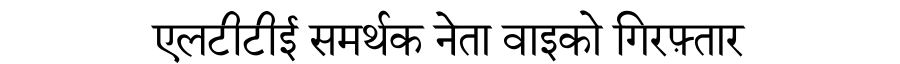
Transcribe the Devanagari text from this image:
एलटीटीई समर्थक नेता वाइको गिरफ़्तार